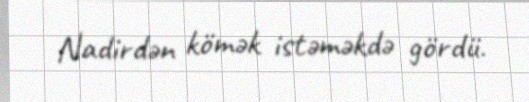
Nadirdən kömək istəməkdə gördü.